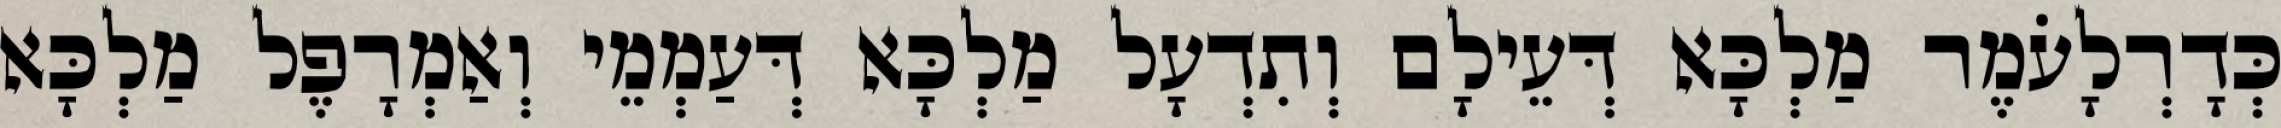
כְּדָרְלָעֹמֶר מַלְכָּא דְּעֵילָם וְתִדְעָל מַלְכָּא דְּעַמְמֵי וְאַמְרָפֶל מַלְכָּא